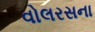
વોલરસના